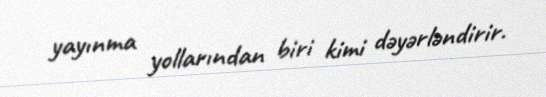
yayınma yollarından biri kimi dəyərləndirir.